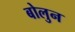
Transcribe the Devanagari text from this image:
बोलुन